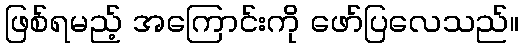
ဖြစ်ရမည့် အကြောင်းကို ဖော်ပြလေသည်။